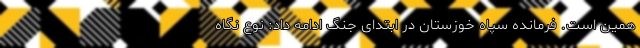
همین است. فرمانده سپاه خوزستان در ابتدای جنگ ادامه داد: نوع نگاه